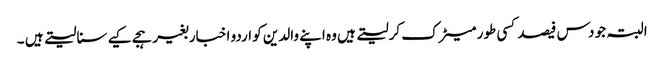
البتہ جو دس فیصد کسی طور میٹرک کرلیتے ہیں وہ اپنے والدین کو اردو اخبار بغیر ہجے کیے سنا لیتے ہیں ۔